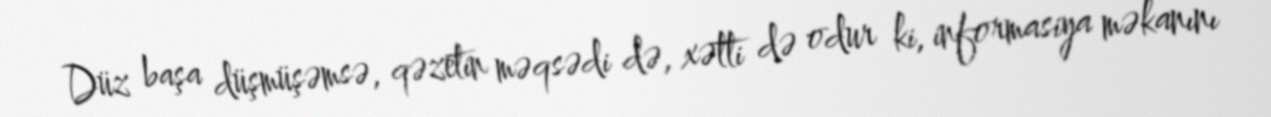
Düz başa düşmüşəmsə, qəzetin məqsədi də, xətti də odur ki, informasiya məkanını